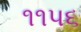
૧૧૫૬